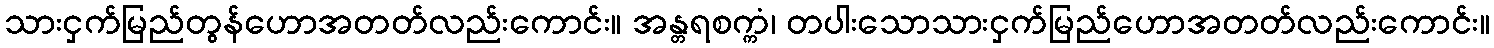
သားငှက်မြည်တွန်ဟောအတတ်လည်းကောင်း။ အန္တရစက္ကံ၊ တပါးသောသားငှက်မြည်ဟောအတတ်လည်းကောင်း။